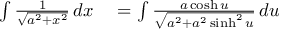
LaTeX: \begin{array} { r l } { \int { \frac { 1 } { \sqrt { a ^ { 2 } + x ^ { 2 } } } } \, d x } & { { } = \int { \frac { a \cosh u } { \sqrt { a ^ { 2 } + a ^ { 2 } \sinh ^ { 2 } u } } } \, d u } \end{array}